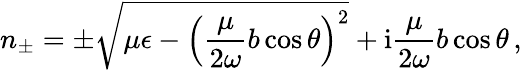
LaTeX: n_{\pm}=\pm\sqrt{\mu\epsilon-\left(\frac{\mu}{2\omega}b\cos\theta\right)^{2}}+\mathrm{i}\frac{\mu}{2\omega}b\cos\theta\, ,